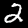
Label: 2